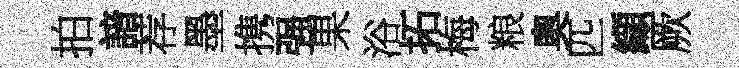
拍諳荐墨携强果浴拓梅粮奧匹纈厥